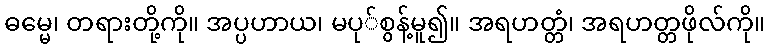
ဓမ္မေ၊ တရားတို့ကို။ အပ္ပဟာယ၊ မပု်စွန့်မူ၍။ အရဟတ္တံ၊ အရဟတ္တဖိုလ်ကို။